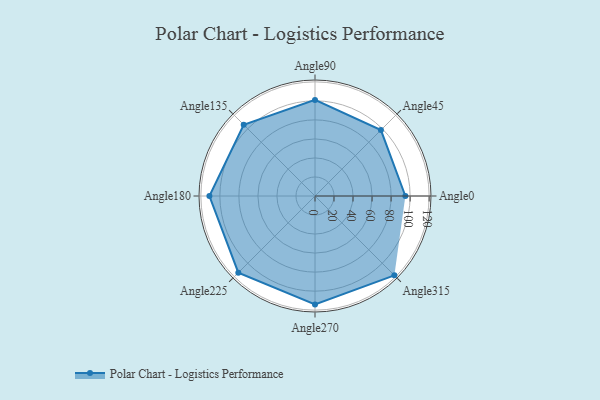
{"axis": {"x": "Angle", "y": "Radius"}, "legend": [""], "data": [{"x": "Angle0", "y": 95.0, "type": ""}, {"x": "Angle45", "y": 98.0, "type": ""}, {"x": "Angle90", "y": 101.0, "type": ""}, {"x": "Angle135", "y": 106.0, "type": ""}, {"x": "Angle180", "y": 111.0, "type": ""}, {"x": "Angle225", "y": 114.0, "type": ""}, {"x": "Angle270", "y": 114.0, "type": ""}, {"x": "Angle315", "y": 118.0, "type": ""}]}